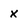
Character: X